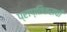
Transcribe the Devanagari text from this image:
प्राप्तिकराची